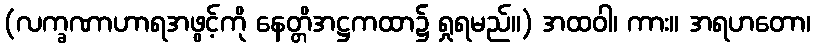
(လက္ခဏာဟာရအဖွင့်ကို နေတ္တိအဋ္ဌကထာ၌ ရှုရမည်။) အထဝါ၊ ကား။ အရဟတော၊